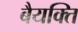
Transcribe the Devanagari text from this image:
बैयक्ति